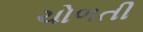
ચોળતી